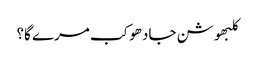
کلبھوشن جادھو کب مرے گا؟